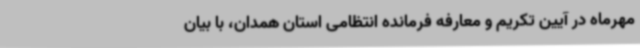
مهرماه در آیین تکریم و معارفه فرمانده انتظامی استان همدان، با بیان